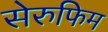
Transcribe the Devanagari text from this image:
सेरुफिम